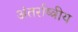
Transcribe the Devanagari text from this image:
अंतर्राष्त्रीय